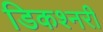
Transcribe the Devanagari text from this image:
डिकश्नरी